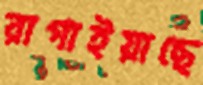
রাগাইয়াছে